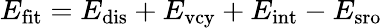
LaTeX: E_{\mathrm{fit}}=E_{\mathrm{dis}}+E_{\mathrm{vcy}}+E_{\mathrm{int}}-E_{\mathrm{sro}}